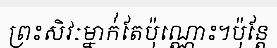
ព្រះសិវៈម្នាក់់តែប៉ុណ្ណោះ។ប៉ុន្តែ